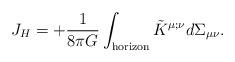
LaTeX: \begin{align*}J_H = +{1\over8\pi G} \int_{\rm horizon} \tilde K^{\mu;\nu} d\Sigma_{\mu\nu}.\end{align*}